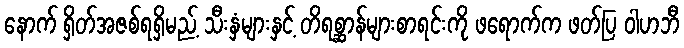
နောက် ရှိတ်အဇစ်ရရှိမည့် သီးနှံများနှင့် တိရစ္ဆာန်များစာရင်းကို ဖရောက်က ဖတ်ပြ ဝါဟဘီ